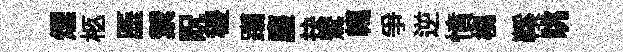
煙柩厜禦貺稷躪麈抉鸎轕爭逆憤橈鞵眺